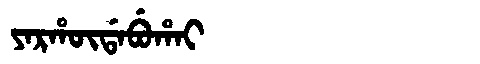
Manchu: ᠶᠠᡵᡥᡡᡩᠠᠪᡠᡥᠠᡳ
Romanization: YARHŪDABUHAI